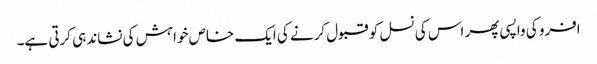
افرو کی واپسی پھر اس کی نسل کو قبول کرنے کی ایک خاص خواہش کی نشاندہی کرتی ہے۔